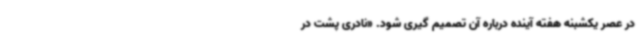
در عصر یکشبنه هفته آینده درباره آن تصمیم گیری شود. «نادری پشت در